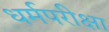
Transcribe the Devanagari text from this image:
धर्मपरीक्षा